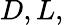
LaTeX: D,L,